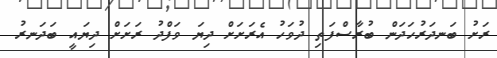
ރަށު ބަނދަރުހަދަން ބުރާސްފަތި ދުވަހު އެރަށަށް ދިޔަ ވަފްދު ރަށަށް ދިޔައީ ބަދަނރު